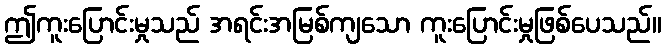
ဤကူးပြောင်းမှုသည် အရင်းအမြစ်ကျသော ကူးပြောင်းမှုဖြစ်ပေသည်။